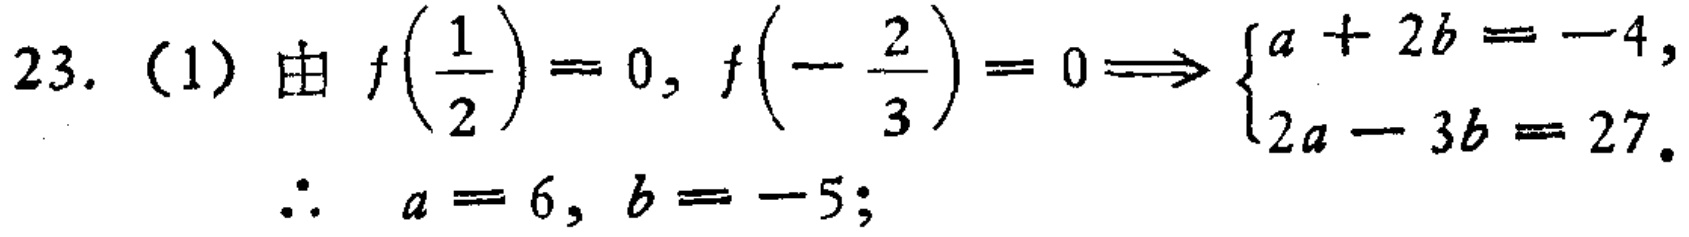
23. (1) 由 \(f\left(\frac{1}{2}\right)=0, f\left(-\frac{2}{3}\right)=0\Longrightarrow \begin{cases}a + 2b = -4,\\2a - 3b = 27.\end{cases}\)

\(\therefore a = 6, b = -5;\)